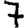
Digit: 7